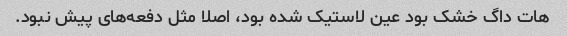
هات داگ خشک بود عین لاستیک شده بود، اصلا مثل دفعه‌های پیش نبود.